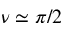
\nu \simeq \pi / 2